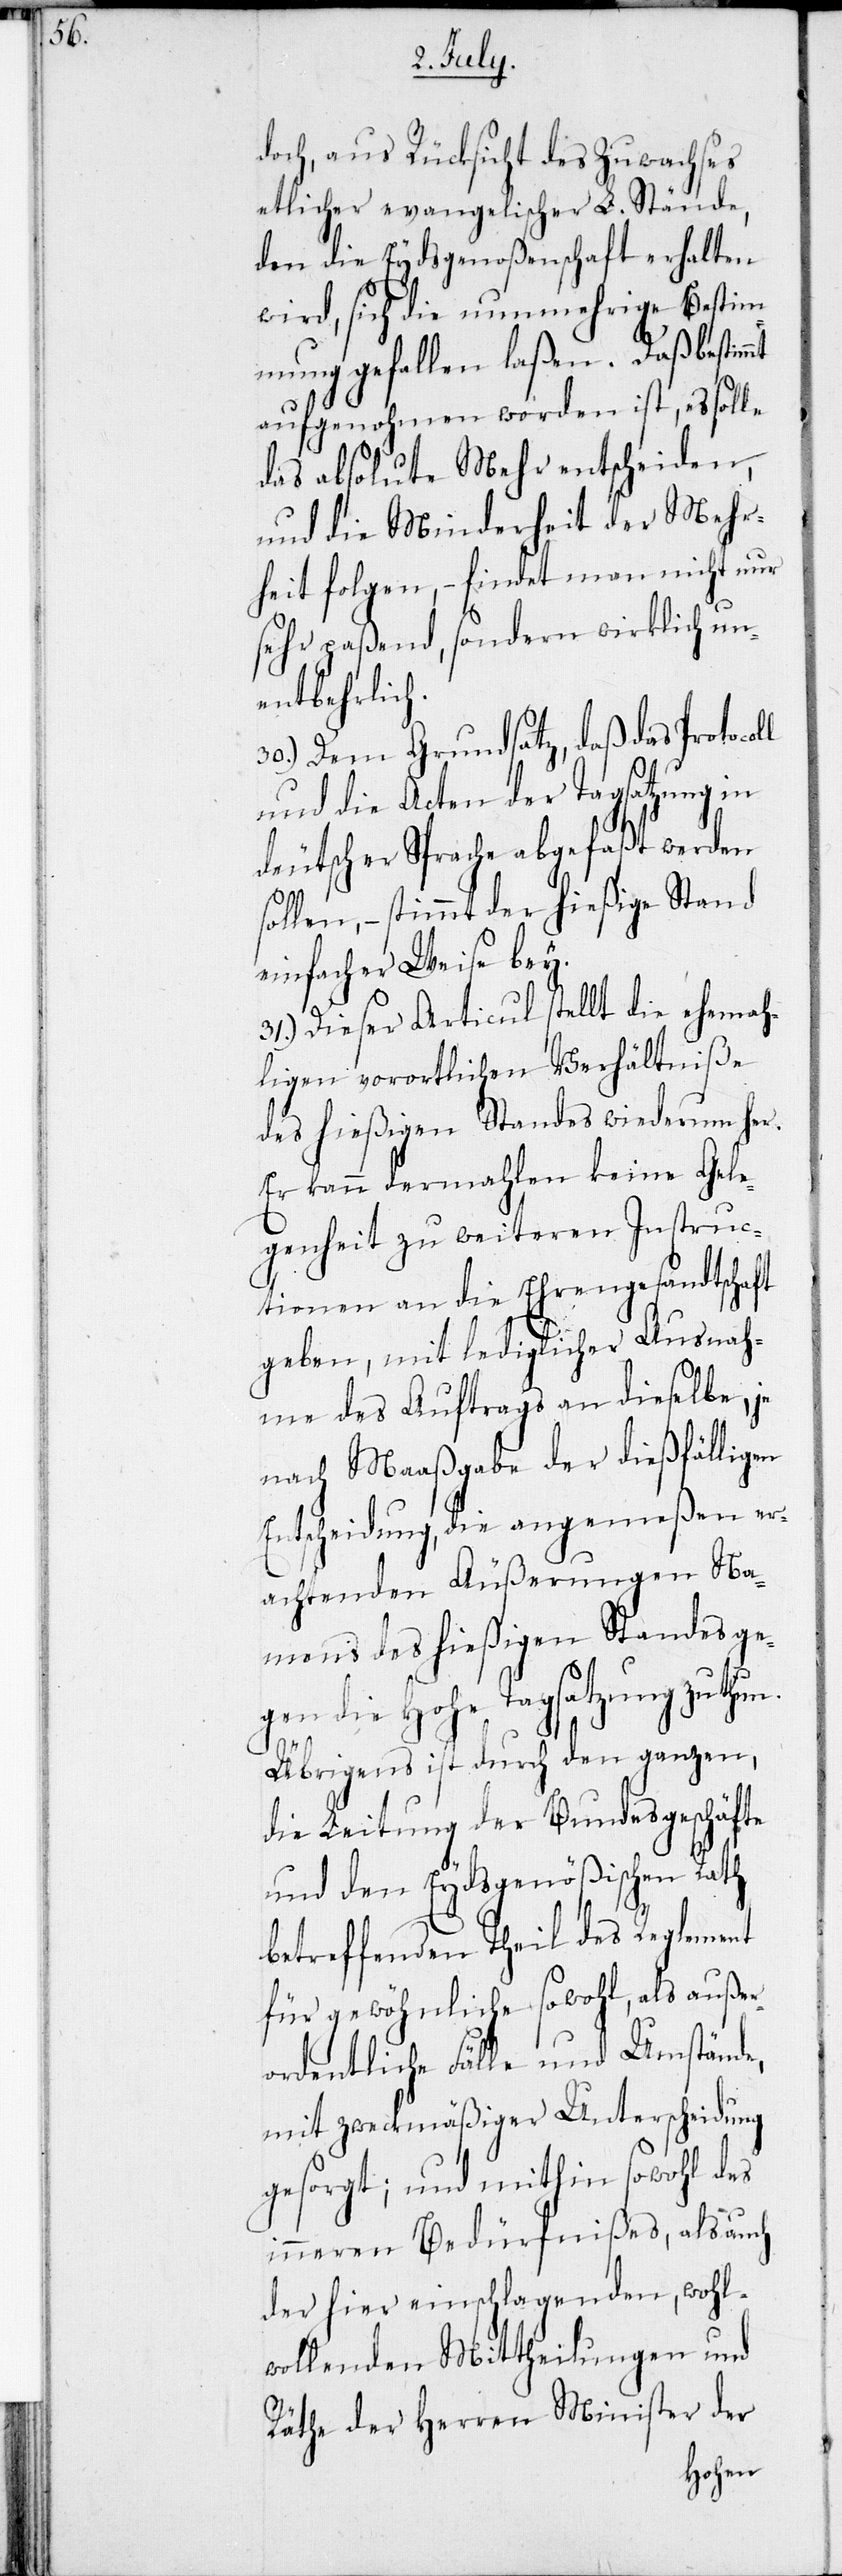
mt

doch, aus Rücksicht des Zuwachses
etlicher evangelischer L. Stände,
den die Eydsgenoßenschaft erhalten
wird, sich die nunmehrige Bestim¬
mung gefallen laßen. Daß bestim¬
aufgenohmen worden ist, es soll
das absolute Mehr entscheiden,
und die Minderheit der Mehr¬
heit folgen, – findet man nicht nur
sehr paßend, sondern wirklich un¬
entbehrlich.
30.) Dem Grundsatz, daß das Protocoll
und die Acten der Tagsatzung in
deutscher Sprache abgefaßt werden
sollen, – stimmt der hießige Stand
einfacher Weise bey.
31.) Dieser Articul stellt die ehemah¬
ligen vorortlichen Verhältniße
des hießigen Standes wiederum her.
Er kann dermahlen keine Gele¬
genheit zu weiteren Instruc¬
tionen an die Ehrengesandtschaft
geben, mit lediglicher Ausnah¬
me des Auftrags an dieselbe, je
nach Maaßgabe der dießfälligen
Entscheidung, die angemeßen er¬
achtenden Äußerungen Na¬
mens des hießigen Standes ge¬
gen die Hohe Tagsatzung zu thun.
Übrigens ist durch den ganzen,
die Leitung der Bundesgeschäfte
und den Eydsgenößischen Rath
betreffenden Theil des Reglement
für gewöhnlich sowohl, als außer¬
ordentliche Fälle und Umstände,
mit zweckmäßiger Unterscheidung
gesorgt; und mithin sowohl des
inneren Bedürfnißes, als auch
der hier einschlagenden, wohl¬
wollenden Mittheilungen und
Räthe der Herren Minister der